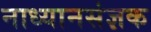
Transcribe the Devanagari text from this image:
नाध्यानसंज्ञक